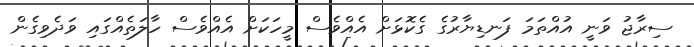
ސިރާޖު ވަނީ އުއްތަމަ ފަނޑިޔާރުގެ ގެކޮޅަށް އެއްވެސް މީހަކަށް އެއްވެސް ހާލަތެއްގައި ވަދެވިގެން